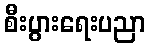
စီးပွားရေးပညာ